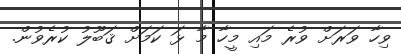
ވިހާ ވަރަށް ވުރެ މައި މީހާ މާ ޅަ ކަމަށް ޤަބޫލު ކުރެވުން.